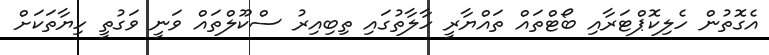
އެގޮތުން ހެލިކޮޕްޓަރާއި ބޯޓްތައް ތައްޔާރީ ހާލާތުގައި ތިބިއިރު ސްކޫލްތައް ވަނީ ވަގުތީ ހިޔާތަކަށް